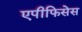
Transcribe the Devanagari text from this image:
एपीफिसेस